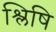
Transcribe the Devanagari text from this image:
श्लिषि